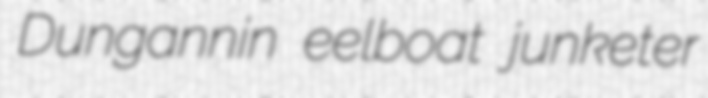
Dungannin eelboat junketer